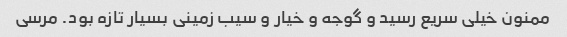
ممنون خیلی سریع رسید و گوجه و خیار و سیب زمینی بسیار تازه بود. مرسی